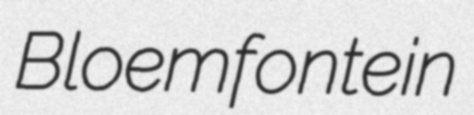
Bloemfontein